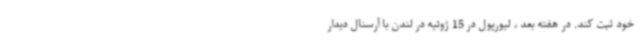
خود ثبت کند. در هفته بعد ، لیورپول در 15 ژوئیه در لندن با آرسنال دیدار